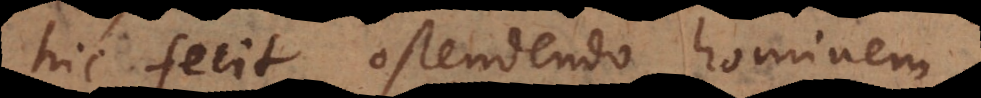
hic fecit, ostendendo hominem.